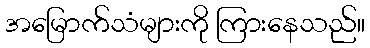
အမြောက်သံများကို ကြားနေသည်။